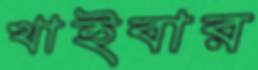
খাইবার